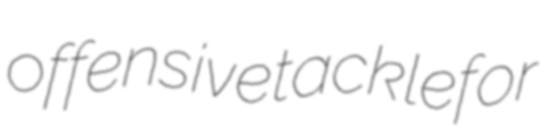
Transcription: offensive tackle for